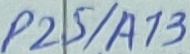
Text: P25/A13